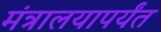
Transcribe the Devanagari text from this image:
मंत्रालयापर्यंत